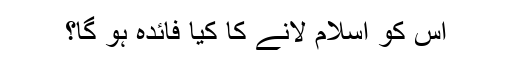
اس کو اسلام لانے کا کیا فائدہ ہو گا؟